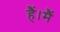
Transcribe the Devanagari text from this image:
हैं।मैं